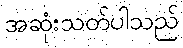
အဆုံးသတ်ပါသည်